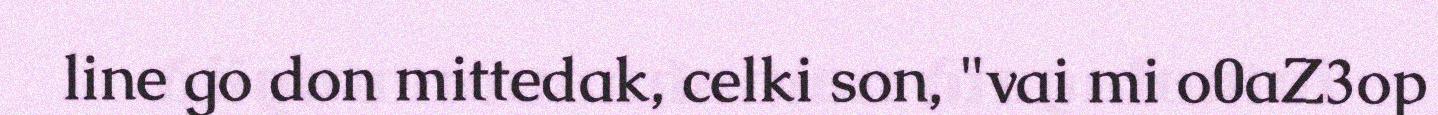
line go don mittedak, celki son, "vai mi o0aZ3op